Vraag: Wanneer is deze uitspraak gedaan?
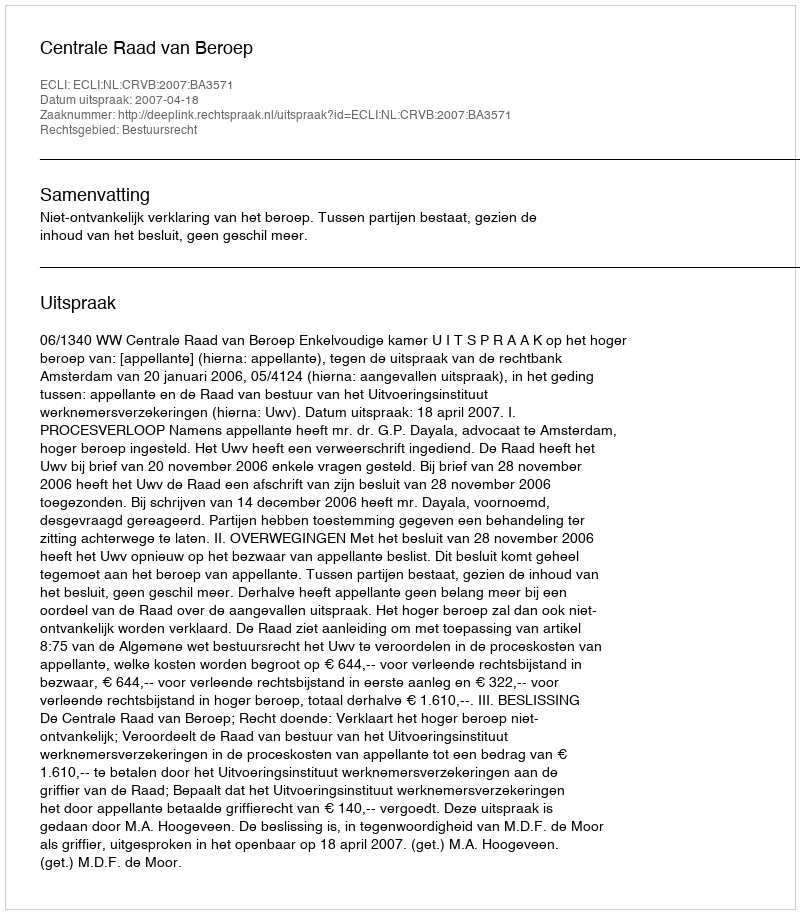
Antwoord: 2007-04-18